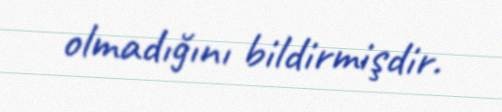
olmadığını bildirmişdir.